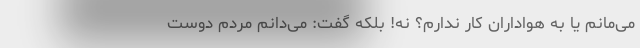
می‌مانم یا به هواداران کار ندارم؟ نه! بلکه گفت: می‌دانم مردم دوست